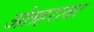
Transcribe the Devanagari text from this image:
अंतहरावर